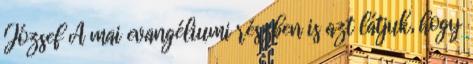
József A mai evangéliumi részben is azt látjuk, hogy